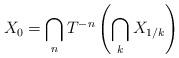
LaTeX: \begin{align*}X_0=\bigcap_n T^{-n}\left(\bigcap_k X_{1/k}\right)\end{align*}